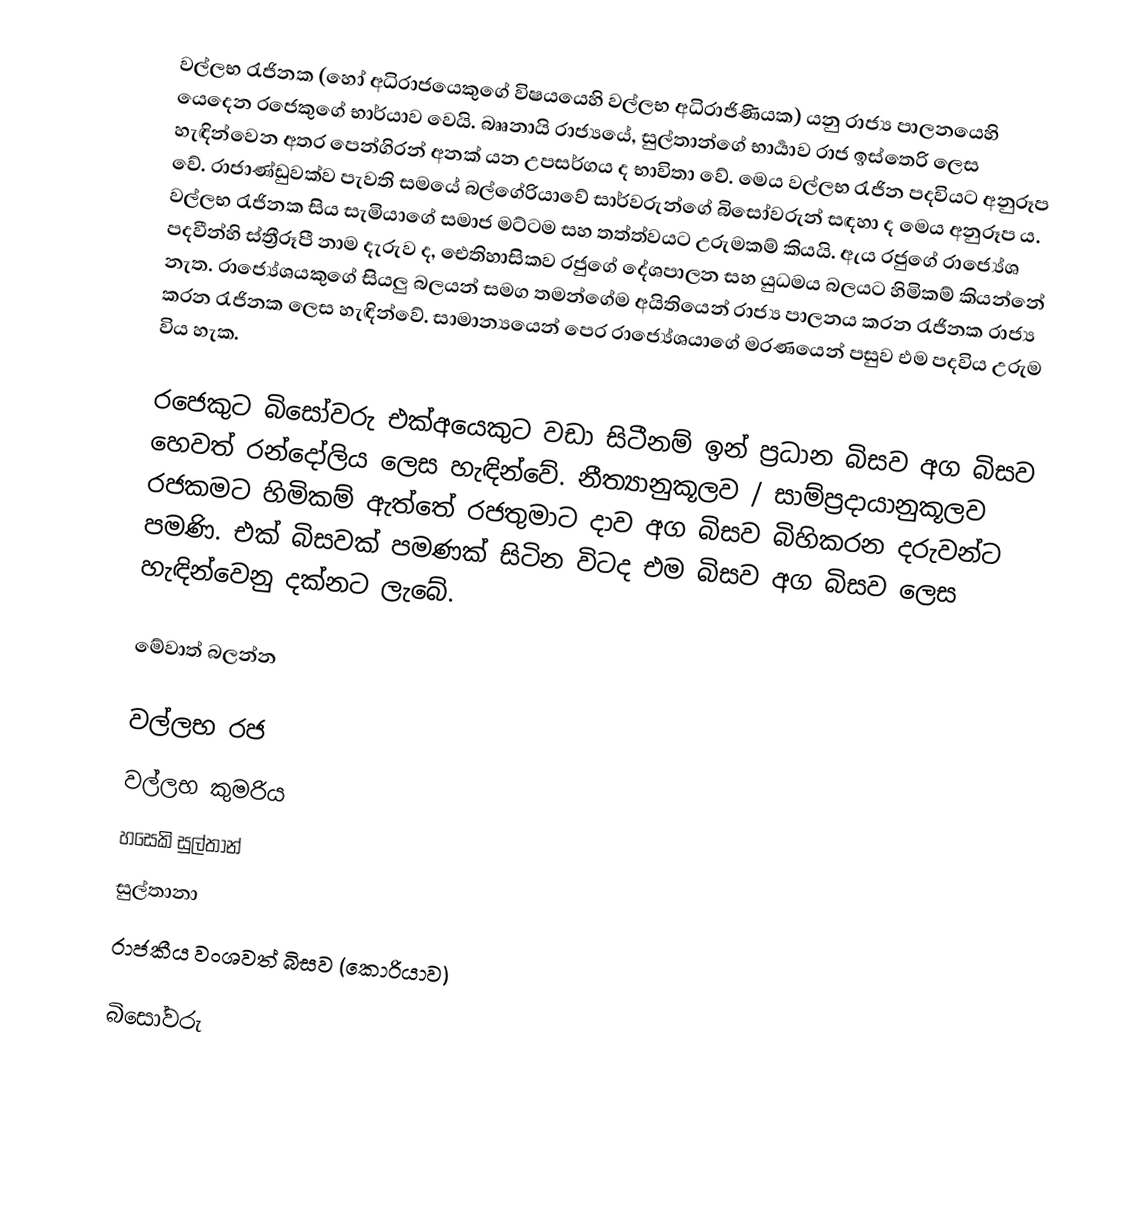
වල්ලභ රැජිනක  (හෝ  අධිරාජයෙකුගේ විෂයයෙහි   වල්ලභ අධිරාජිණියක) යනු රාජ්‍ය පාලනයෙහි යෙදෙන රජෙකුගේ භාර්යාව වෙයි. බෲනායි රාජ්‍යයේ, සුල්තාන්ගේ භාර්‍යාව රාජ ඉස්තෙරි ලෙස හැඳින්වෙන අතර පෙන්ගිරන් අනක් යන උපසර්ගය ද භාවිතා වේ. මෙය වල්ලභ රැජින පදවියට අනුරූප වේ. රාජාණ්ඩුවක්ව පැවති සමයේ බල්ගේරියාවේ සාර්වරුන්ගේ බිසෝවරුන් සඳහා ද මෙය අනුරූප ය. වල්ලභ රැජිනක සිය සැමියාගේ සමාජ මට්ටම සහ තත්ත්වයට උරුමකම් කියයි. ඇය රජුගේ රාජ්‍යේශ පදවීන්හි ස්ත්‍රීරූපී නාම දැරුව ද, ඓතිහාසිකව රජුගේ දේශපාලන සහ යුධමය බලයට හිමිකම් කියන්නේ නැත. රාජ්‍යේශයකුගේ සියලු බලයන් සමග තමන්ගේම අයිතියෙන් රාජ්‍ය පාලනය කරන රැජිනක රාජ්‍ය කරන රැජිනක ලෙස හැඳින්වේ. සාමාන්‍යයෙන් පෙර රාජ්‍යේශයාගේ මරණයෙන් පසුව එම පදවිය උරුම විය හැක.

රජෙකුට බිසෝවරු එක්අයෙකුට වඩා සිටීනම් ඉන් ප්‍රධාන බිසව අග බිසව හෙවත් රන්දෝලිය ලෙස හැඳින්වේ. නීත්‍යානුකූලව / සාම්ප්‍රදායානුකූලව රජකමට හිමිකම් ඇත්තේ රජතුමාට දාව අග බිසව බිහිකරන දරුවන්ට පමණි. එක් බිසවක් පමණක් සිටින විටද එම බිසව අග බිසව ලෙස හැඳින්වෙනු දක්නට ලැබේ.

මේවාත් බලන්න

 වල්ලභ රජ
 වල්ලභ කුමරිය
 හසෙකි සුල්තාන්
 සුල්තානා
 රාජකීය වංශවත් බිසව (කොරියාව)

බිසෝවරු